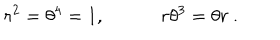
r ^ { 2 } = \theta ^ { 4 } = 1 , \quad \quad \quad r \theta ^ { 3 } = \theta r ~ .